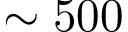
\sim 5 0 0